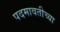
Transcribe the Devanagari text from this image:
पदमावतीच्या